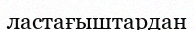
ластағыштардан